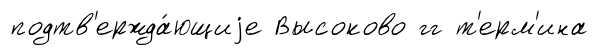
подтв'ержда́ющиjе Высоково гг т'ерм'ина